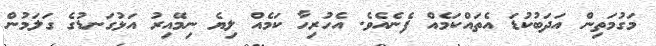
މަގުމަތިން އަދަބުކުޑަ އެތައްކަމެއް ފެނެއެވެ. އެހުރިހާ ކަމެއް ލިޔެ ނިމޭއިރު އަޅުގަނޑުގެ ގަލަމުން